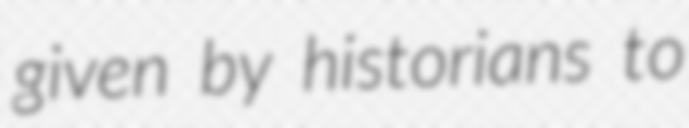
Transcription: given by historians to